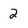
Character: 2